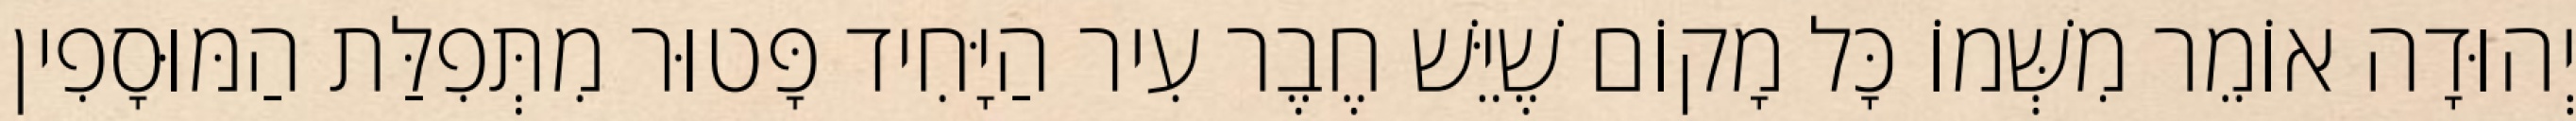
יְהוּדָה אוֹמֵר מִשְּׁמוֹ כָּל מָקוֹם שֶׁיֵּשׁ חֶבֶר עִיר הַיָּחִיד פָּטוּר מִתְּפִלַּת הַמּוּסָפִין